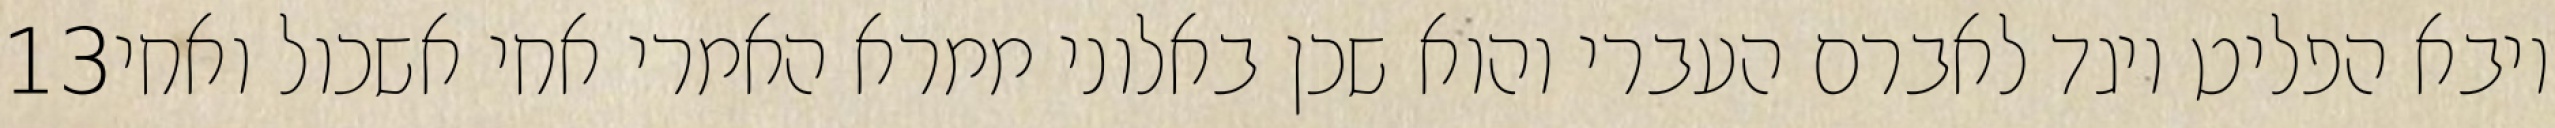
‎13‏ ויבא הפליט ויגד לאברם העברי והוא שכן באלוני ממרא האמרי אחי אשכול ואחי